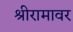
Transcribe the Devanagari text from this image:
श्रीरामावर